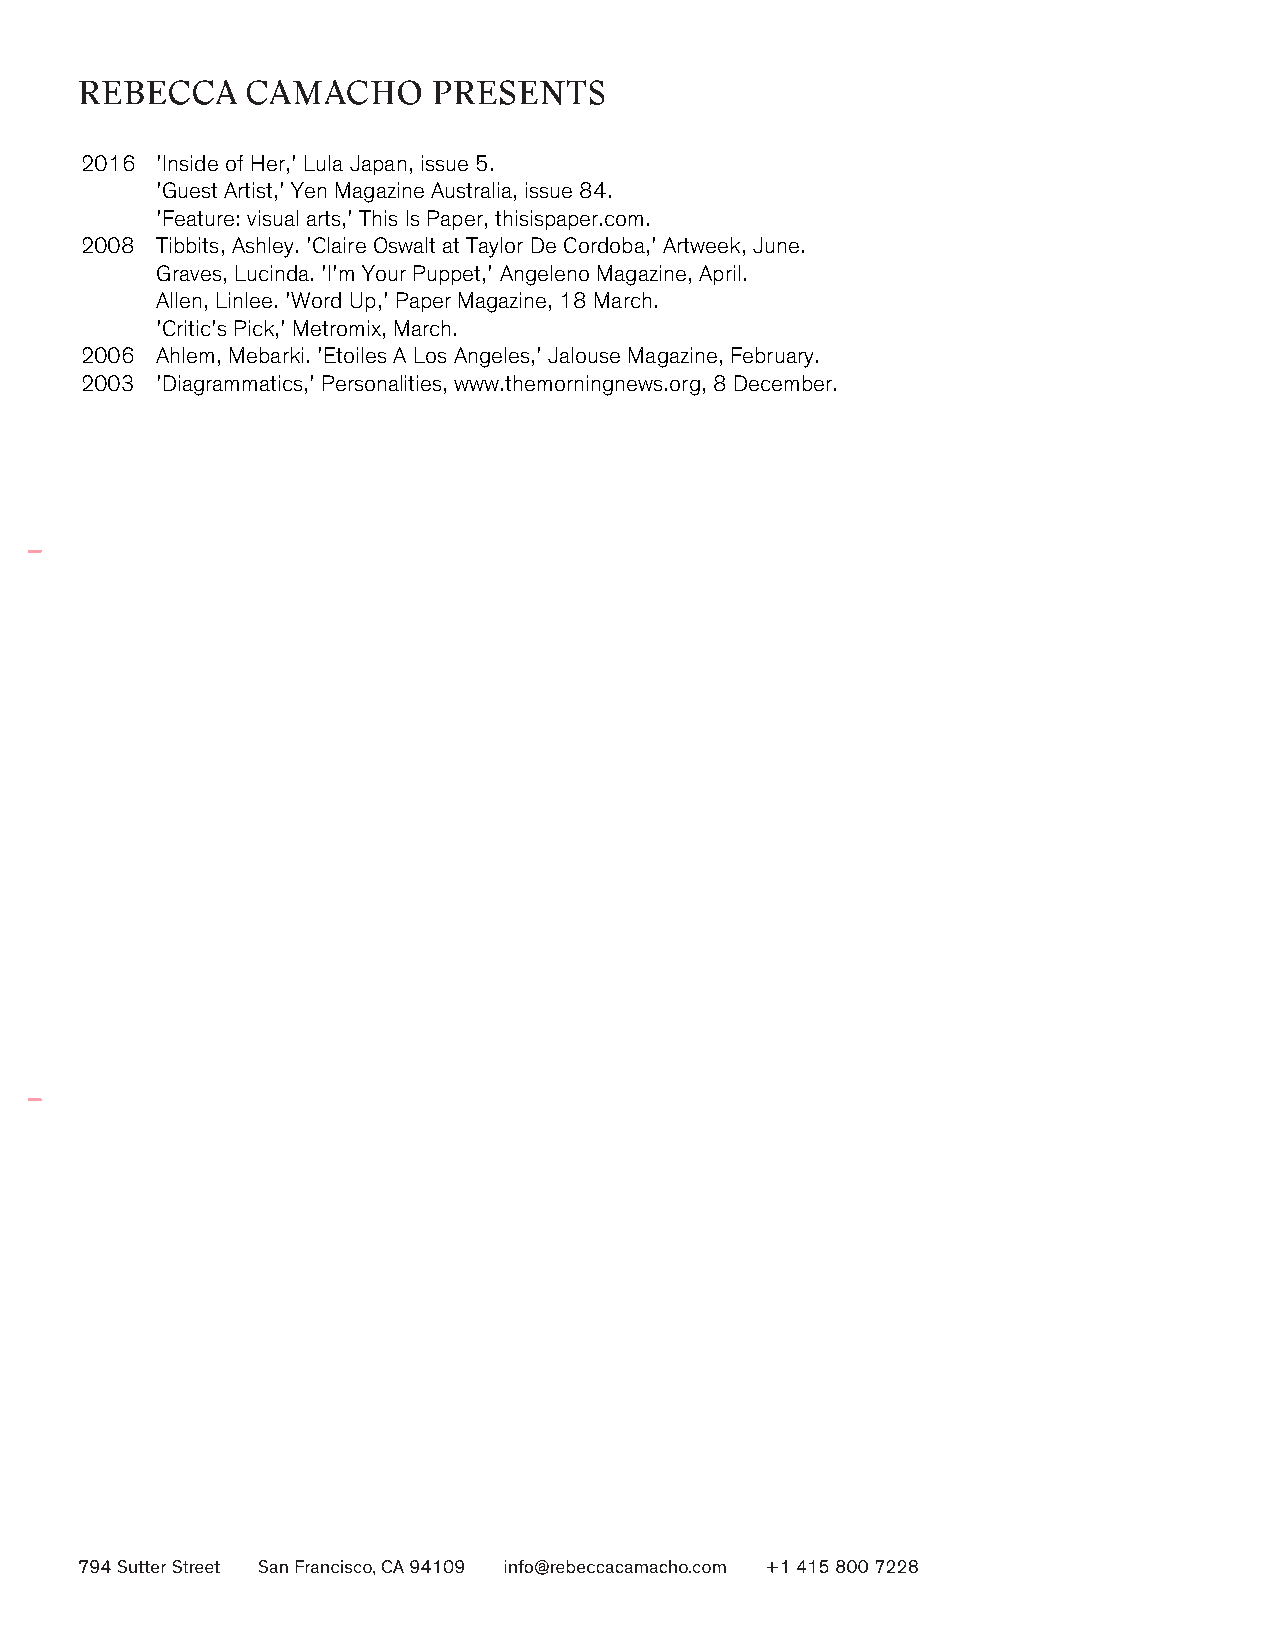
2016 'Inside of Her,' Lula Japan, issue 5.
 'Guest Artist,' Yen Magazine Australia, issue 84.
 'Feature: visual arts,' This Is Paper, thisispaper.com.
 2008 Tibbits, Ashley. 'Claire Oswalt at Taylor De Cordoba,' Artweek, June.
 Graves, Lucinda. 'I'm Your Puppet,' Angeleno Magazine, April.
 Allen, Linlee. 'Word Up,' Paper Magazine, 18 March.
 'Critic's Pick,' Metromix, March.
 2006 Ahlem, Mebarki. 'Etoiles A Los Angeles,' Jalouse Magazine, February.
 2003 'Diagrammatics,' Personalities, www.themorningnews.org, 8 December.